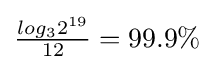
{\textstyle {\frac {log_{3}{2^{19}}}{12}}=99.9\%}